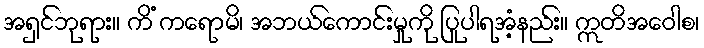
အရှင်ဘုရား။ ကိံ ကရောမိ၊ အဘယ်ကောင်းမှုကို ပြုပါရအံ့နည်း။ ဣတိအဝေါစ၊